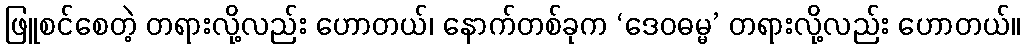
ဖြူစင်စေတဲ့ တရားလို့လည်း ဟောတယ်၊ နောက်တစ်ခုက ‘ဒေဝဓမ္မ’ တရားလို့လည်း ဟောတယ်။